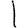
Digit: 1